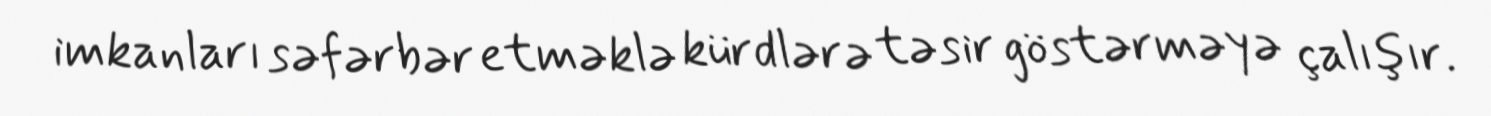
imkanları səfərbər etməklə kürdlərə təsir göstərməyə çalışır.